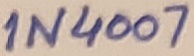
Text: 1N4007